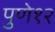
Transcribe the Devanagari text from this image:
पुणे१२